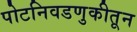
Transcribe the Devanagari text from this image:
पोटनिवडणुकीतून